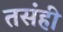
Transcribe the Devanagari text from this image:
तसंही